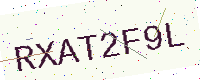
Text: RXAT2F9L